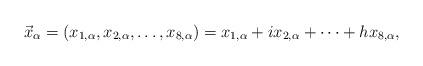
LaTeX: \begin{align*}\vec x_\alpha= (x_{1,\alpha}, x_{2, \alpha }, \dots , x_{8,\alpha }) = x_{1,\alpha }+ix_{2,\alpha }+ \dots + hx_{8,\alpha},\end{align*}